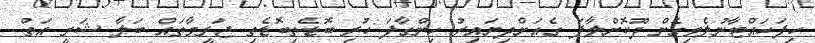
ހިފަހައްޓާނުލެވިގެން ދޫކޮށްލާފަ ގެއަށްދިޔައިރު ހިންގާފަ ހުރި ބޮޑެތިބޮޑެތި ޖަރީމާތައް ބަލާ ޝަރީ އަތް